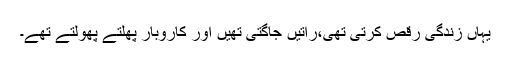
یہاں زندگی رقص کرتی تھی،راتیں جاگتی تھیں اور کاروبار پھلتے پھولتے تھے۔